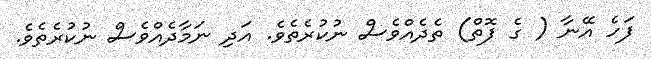
ފަހެ އޭނާ ( ގެ ފޮތް) ތެދެއްވެސް ނުކުރެތެވެ. އަދި ނަމާދެއްވެސް ނުކުރެތެވެ.